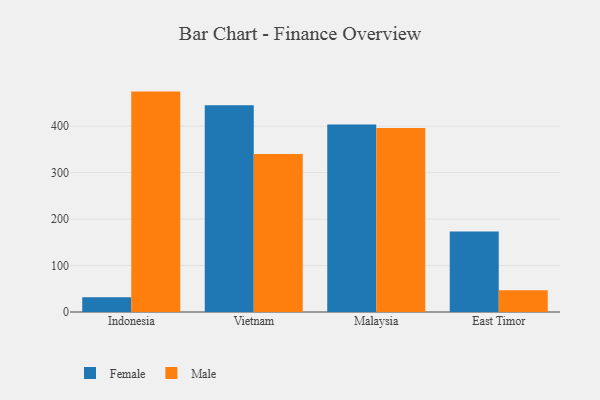
{"axis": {"x": "Country", "y": "Gross Profit (USD K)"}, "legend": ["Female", "Male"], "data": [{"x": "Indonesia", "y": 31.7, "type": "Female"}, {"x": "Indonesia", "y": 474.5, "type": "Male"}, {"x": "Vietnam", "y": 445.2, "type": "Female"}, {"x": "Vietnam", "y": 340.4, "type": "Male"}, {"x": "Malaysia", "y": 403.5, "type": "Female"}, {"x": "Malaysia", "y": 395.9, "type": "Male"}, {"x": "East Timor", "y": 173.3, "type": "Female"}, {"x": "East Timor", "y": 47.0, "type": "Male"}]}